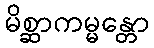
မိစ္ဆာကမ္မန္တော